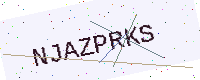
Text: NJAZPRKS